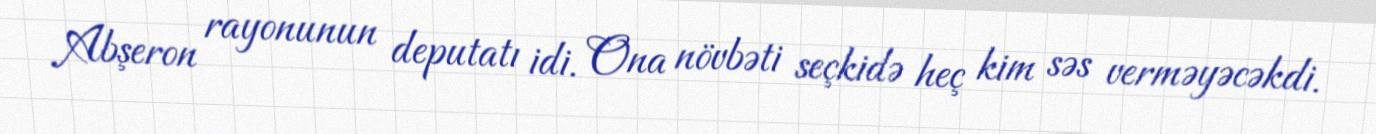
Abşeron rayonunun deputatı idi. Ona növbəti seçkidə heç kim səs verməyəcəkdi.